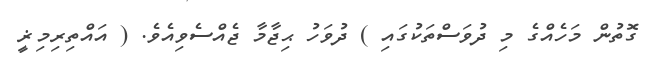
ގޮތުން މަހެއްގެ މި ދުވަސްތަކުގައި ) ދުވަހު ޙިޖާމާ ޖެއްސެވިއެވެ. ( އައްތިރިމިޜީ